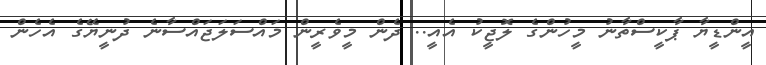
އީންޑީޔާ ޕާކީސްތާނު މީހުންގެ ލޮޖީކު އެއީ.. ދެން މީވެރީން މައްސަލަޖައްސާނެ ދުނީޔޭގެ އެހެން